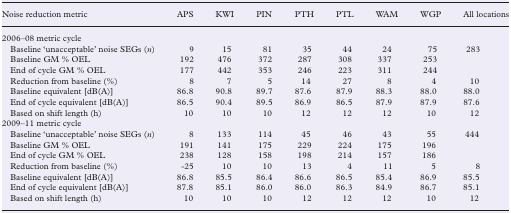
<table><thead><tr><td><b>Noise reduction metric</b></td><td><b>APS</b></td><td><b>KWI</b></td><td><b>PIN</b></td><td><b>PTH</b></td><td><b>PTL</b></td><td><b>WAM</b></td><td><b>WGP</b></td><td><b>All locations</b></td></tr></thead><tbody><tr><td colspan="9">2006–08 metric cycle</td></tr><tr><td> Baseline ‘unacceptable’ noise SEGs (<i>n</i>)</td><td>9</td><td>15</td><td>81</td><td>35</td><td>44</td><td>24</td><td>75</td><td>283</td></tr><tr><td> Baseline GM % OEL</td><td>192</td><td>476</td><td>372</td><td>287</td><td>308</td><td>337</td><td>253</td><td></td></tr><tr><td> End of cycle GM % OEL</td><td>177</td><td>442</td><td>353</td><td>246</td><td>223</td><td>311</td><td>244</td><td></td></tr><tr><td> Reduction from baseline (%)</td><td>8</td><td>7</td><td>5</td><td>14</td><td>27</td><td>8</td><td>4</td><td>10</td></tr><tr><td> Baseline equivalent [dB(A)]</td><td>86.8</td><td>90.8</td><td>89.7</td><td>87.6</td><td>87.9</td><td>88.3</td><td>88.0</td><td>88.0</td></tr><tr><td> End of cycle equivalent [dB(A)]</td><td>86.5</td><td>90.4</td><td>89.5</td><td>86.9</td><td>86.5</td><td>87.9</td><td>87.9</td><td>87.6</td></tr><tr><td> Based on shift length (h)</td><td>10</td><td>10</td><td>10</td><td>12</td><td>12</td><td>12</td><td>10</td><td>12</td></tr><tr><td colspan="9">2009–11 metric cycle</td></tr><tr><td> Baseline ‘unacceptable’ noise SEGs (<i>n</i>)</td><td>8</td><td>133</td><td>114</td><td>45</td><td>46</td><td>43</td><td>55</td><td>444</td></tr><tr><td> Baseline GM % OEL</td><td>191</td><td>141</td><td>175</td><td>229</td><td>224</td><td>175</td><td>196</td><td></td></tr><tr><td> End of cycle GM % OEL</td><td>238</td><td>128</td><td>158</td><td>198</td><td>214</td><td>157</td><td>186</td><td></td></tr><tr><td> Reduction from baseline (%)</td><td>-25</td><td>10</td><td>10</td><td>13</td><td>4</td><td>11</td><td>5</td><td>8</td></tr><tr><td> Baseline equivalent [dB(A)]</td><td>86.8</td><td>85.5</td><td>86.4</td><td>86.6</td><td>86.5</td><td>85.4</td><td>86.9</td><td>85.5</td></tr><tr><td> End of cycle equivalent [dB(A)]</td><td>87.8</td><td>85.1</td><td>86.0</td><td>86.0</td><td>86.3</td><td>84.9</td><td>86.7</td><td>85.1</td></tr><tr><td> Based on shift length (h)</td><td>10</td><td>10</td><td>10</td><td>12</td><td>12</td><td>12</td><td>10</td><td>12</td></tr></tbody></table>